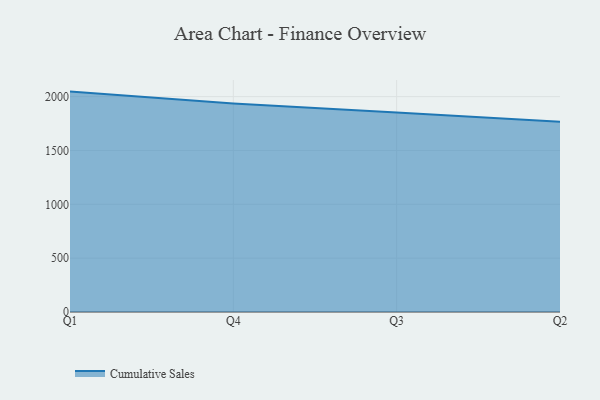
{"axis": {"x": "Quarter", "y": "Humidity (%)"}, "legend": ["Cumulative Sales"], "data": [{"x": "Q1", "y": 2046.6, "type": "Cumulative Sales"}, {"x": "Q4", "y": 1935.6, "type": "Cumulative Sales"}, {"x": "Q3", "y": 1852.1, "type": "Cumulative Sales"}, {"x": "Q2", "y": 1766.6, "type": "Cumulative Sales"}]}